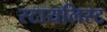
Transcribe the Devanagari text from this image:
स्टायलिस्ट